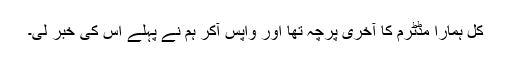
کل ہمارا مڈٹرم کا آخری پرچہ تھا اور واپس آکر ہم نے پہلے اس کی خبر لی۔